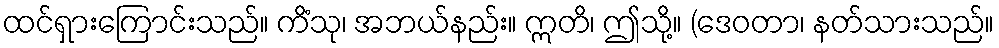
ထင်ရှားကြောင်းသည်။ ကိံသု၊ အဘယ်နည်း။ ဣတိ၊ ဤသို့။ (ဒေဝတာ၊ နတ်သားသည်။